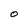
Character: 0